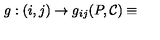
g : ( i , j ) \rightarrow { } g _ { i j } ( P , { \cal { C } } ) \equiv